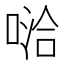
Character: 𱓦